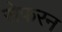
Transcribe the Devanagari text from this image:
सेफरन